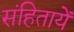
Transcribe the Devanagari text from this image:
संहितायें